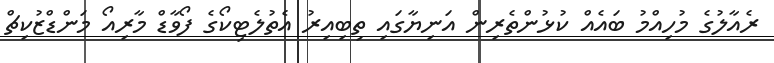
ރެއާލުގެ މުހިއްމު ބައެއް ކުޅުންތެރިން އަނިޔާގައި ތިބިއިރު އެތުލެޓިކޯގެ ފޯވާޑް މާރިއޯ މަންޑްޒުކިޗް